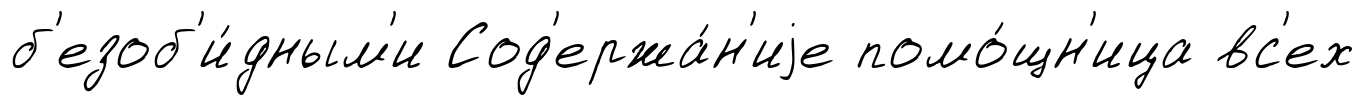
б'езоб'и́дным'и Сод'ержа́н'иjе помо́щн'ица вс'ех